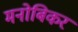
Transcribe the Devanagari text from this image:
मनोबिकर